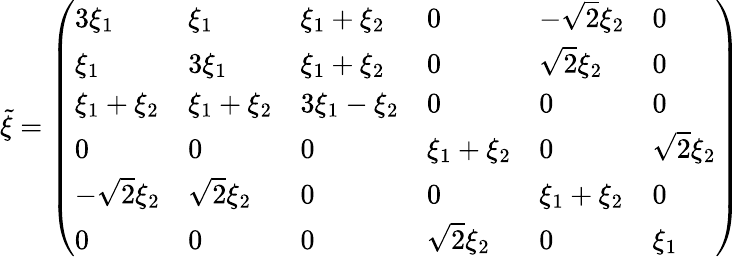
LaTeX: \tilde{\xi}=\left(\begin{array}{llllll}{3\xi_{1}}&{\xi_{1}}&{\xi_{1}+\xi_{2}}&{0}&{-\sqrt{2}\xi_{2}}&{0}\\ {\xi_{1}}&{3\xi_{1}}&{\xi_{1}+\xi_{2}}&{0}&{\sqrt{2}\xi_{2}}&{0}\\ {\xi_{1}+\xi_{2}}&{\xi_{1}+\xi_{2}}&{3\xi_{1}-\xi_{2}}&{0}&{0}&{0}\\ {0}&{0}&{0}&{\xi_{1}+\xi_{2}}&{0}&{\sqrt{2}\xi_{2}}\\ {-\sqrt{2}\xi_{2}}&{\sqrt{2}\xi_{2}}&{0}&{0}&{\xi_{1}+\xi_{2}}&{0}\\ {0}&{0}&{0}&{\sqrt{2}\xi_{2}}&{0}&{\xi_{1}}\end{array}\right)